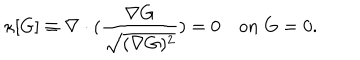
\kappa [ G ] \equiv \nabla \cdot ( \frac { \nabla G } { \sqrt { ( \nabla G ) ^ { 2 } } } ) = 0 ~ o n ~ G = 0 .